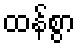
ထန်စွာ